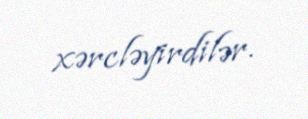
xərcləyirdilər.